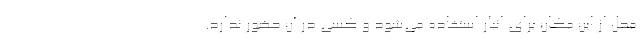
محل از این مکان برای انبار استفاده می‌شود و کسی در آن حضور ندارد.